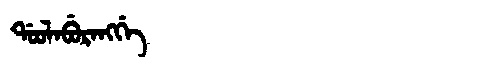
Manchu: ᡩᠣᠣᠯᠠᠪᡠᡵᠠᠩᡤᡝ
Romanization: DOOLABURANGGE